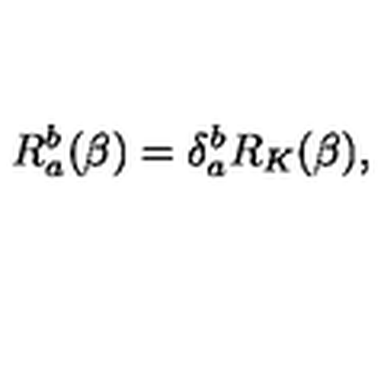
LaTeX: R _ { a } ^ { b } ( \beta ) = \delta _ { a } ^ { b } R _ { K } ( \beta ) ,